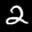
Label: 2